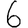
Digit: 6